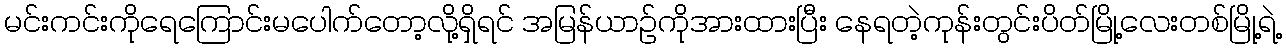
မင်းကင်းကိုရေကြောင်းမပေါက်တော့လို့ရှိရင် အမြန်ယာဉ်ကိုအားထားပြီး နေရတဲ့ကုန်းတွင်းပိတ်မြို့လေးတစ်မြို့ရဲ့